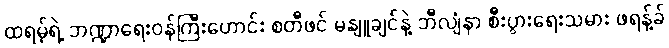
ထရမ့်ရဲ့ ဘဏ္ဍာရေးဝန်ကြီးဟောင်း စတီဖင် မနျူချင်နဲ့ ဘီလျံနာ စီးပွားရေးသမား ဖရန့်ခ်